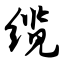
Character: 缆